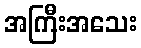
အကြီးအသေး